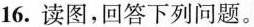
16.读图，回答下列问题。